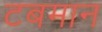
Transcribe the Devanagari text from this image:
टबमान